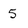
Character: 5